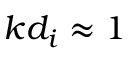
k d _ { i } \approx 1